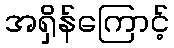
အရှိန်ကြောင့်